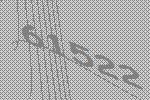
61522